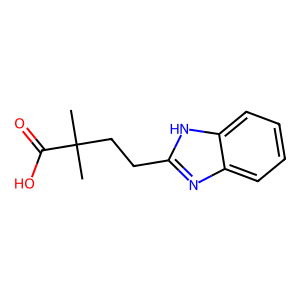
SMILES: CC(C)(CCc1nc2ccccc2[nH]1)C(=O)O
Inhibits HIV replication: No